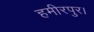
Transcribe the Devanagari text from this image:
हमीरपुर।